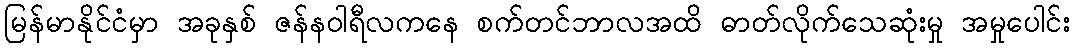
မြန်မာနိုင်ငံမှာ အခုနှစ် ဇန်နဝါရီလကနေ စက်တင်ဘာလအထိ ဓာတ်လိုက်သေဆုံးမှု အမှုပေါင်း